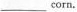
___ corn.